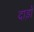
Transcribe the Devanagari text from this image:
दाड़ों